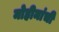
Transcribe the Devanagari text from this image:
मोहीमांची